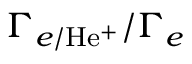
\Gamma _ { e / \mathrm { H e ^ { + } } } / \Gamma _ { e }